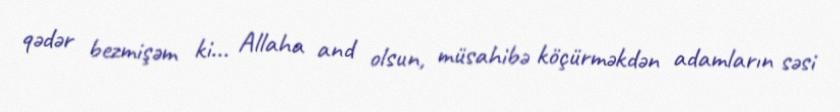
qədər bezmişəm ki... Allaha and olsun, müsahibə köçürməkdən adamların səsi